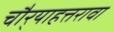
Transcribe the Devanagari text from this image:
चौर्‍याहत्तरावा